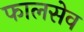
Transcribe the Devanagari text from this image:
फालसेव